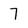
Character: 7